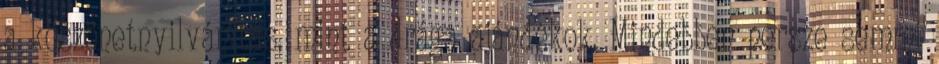
a köszönetnyilvánítás, mint a drága ajándékok. Mindebben persze semmi